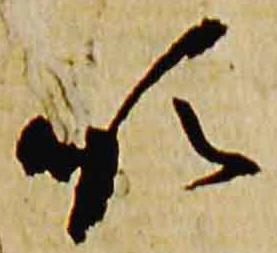
順